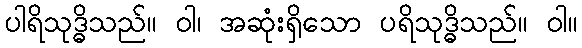
ပါရိသုဒ္ဓိသည်။ ဝါ၊ အဆုံးရှိသော ပရိသုဒ္ဓိသည်။ ဝါ။